Lunatic asylums in Bengal annual reports 1899-1911 - 1899-1911
Year: 1899
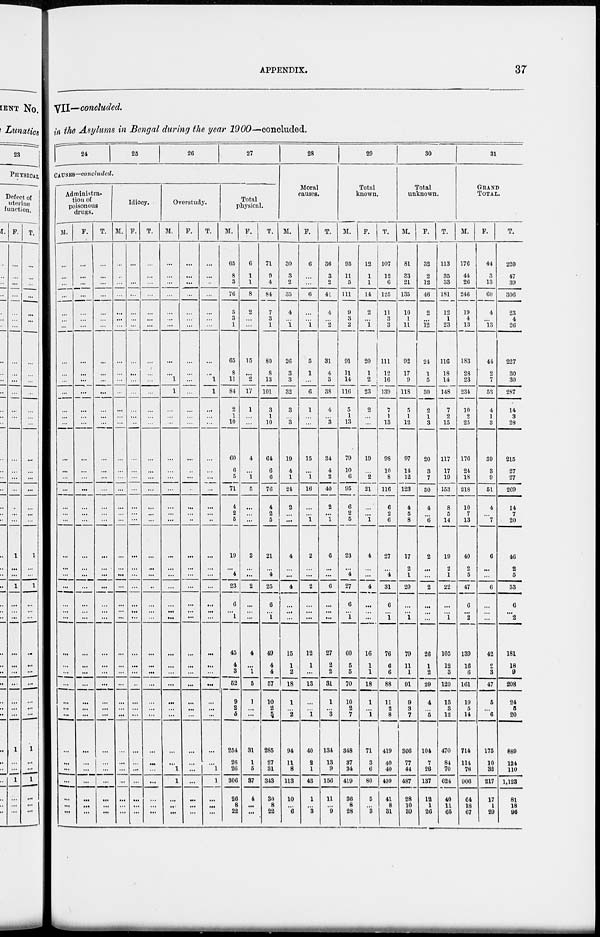
APPENDIX.
37
VII—concluded.
in the Asylums in Bengal during the year 1900—concluded.
24
25
26
27
CAUSES—concluded.
Administra-
tion of
poisonous
drugs.
M.
...
...
...
...
...
...
...
...
...
...
...
...
...
...
...
...
...
...
...
...
...
...
...
...
...
...
...
...
...
...
...
...
...
...
...
...
...
...
...
...
...
...
F.
...
...
...
...
...
...
...
...
...
...
...
...
...
...
...
...
...
...
...
...
...
...
...
...
...
...
...
...
...
...
...
...
...
...
...
...
...
...
...
...
...
...
T.
...
...
...
...
...
...
...
...
...
...
...
...
...
...
...
...
...
...
...
...
...
...
...
...
...
...
...
...
...
...
...
...
...
...
...
...
...
...
...
...
...
...
Idiocy.
M.
...
...
...
...
...
...
...
...
...
...
...
...
...
...
...
...
...
...
...
...
...
...
...
...
...
...
...
...
...
...
...
...
...
...
...
...
...
...
...
...
...
...
F.
...
...
...
...
...
...
...
...
...
...
...
...
...
...
...
...
...
...
...
...
...
...
...
...
...
...
...
...
...
...
...
...
...
...
...
...
...
...
...
...
...
...
T.
...
...
...
...
...
...
...
...
...
...
...
...
...
...
...
...
...
...
...
...
...
...
...
...
...
...
...
...
...
...
...
...
...
...
...
...
...
...
...
...
...
...
Overstudy.
M.
...
...
...
...
...
...
...
...
...
1
1
...
...
...
...
...
...
...
...
...
...
...
...
...
...
...
...
...
...
...
...
...
...
...
...
...
...
1
1
...
...
...
F.
...
...
...
...
...
...
...
...
...
...
...
...
...
...
...
...
...
...
...
...
...
...
...
...
...
...
...
...
...
...
...
...
...
...
...
...
...
...
...
...
...
...
T.
...
...
...
...
...
...
...
...
...
1
1
...
...
...
...
...
...
...
...
...
...
...
...
...
...
...
...
...
...
...
...
...
...
...
...
...
...
1
1
...
...
...
Total
physical.
M.
65
8
3
76
5
3
1
65
8
11
84
2
1
10
60
6
5
71
4
2
5
19
...
4
23
6
...
1
45
4
3
52
9
2
5
254
26
26
306
26
8
22
F.
6
1
1
8
2
...
...
15
...
2
17
1
...
...
4
...
1
5
...
...
...
2
...
...
2
...
...
...
4
...
1
5
1
...
...
31
1
5
37
4
...
...
T.
71
9
4
84
7
3
1
80
8
13
101
3
1
10
64
6
6
76
4
2
5
21
...
4
25
6
...
1
49
4
4
57
10
2
5
285
27
31
343
30
8
22
28
Moral
causes.
M.
30
3
2
35
4
...
1
26
3
3
32
3
...
3
19
4
1
24
2
...
...
4
...
...
4
...
...
...
15
1
2
18
1
...
2
94
11
8
113
10
...
6
F.
6
...
...
6
...
...
1
5
1
...
6
1
...
...
15
...
1
16
...
...
1
2
...
...
2
...
...
...
12
1
...
13
...
...
1
40
2
1
43
1
...
3
T.
36
3
2
41
4
...
2
31
4
3
38
4
...
3
34
4
2
40
2
...
1
6
...
...
6
...
...
...
27
2
2
31
1
...
3
134
13
9
156
11
...
9
29
Total
known.
M.
95
11
5
111
9
3
2
91
11
14
116
5
1
13
79
10
6
95
6
2
5
23
...
4
27
6
...
1
60
5
5
70
10
2
7
348
37
34
419
36
8
28
F.
12
1
1
14
2
...
1
20
1
2
23
2
...
...
19
...
2
21
...
...
1
4
...
...
4
...
...
...
16
1
1
18
1
...
1
71
3
6
80
5
...
3
T.
107
12
6
125
11
3
3
111
12
16
139
7
1
13
98
10
8
116
6
2
6
27
...
4
31
6
...
1
76
6
6
88
11
2
8
419
40
40
499
41
8
31
30
Total
unknown.
M.
81
33
21
135
10
1
11
92
17
9
118
5
1
12
97
14
12
123
4
5
8
17
2
1
20
...
...
1
79
11
1
91
9
3
7
366
77
44
487
28
10
39
F.
32
2
12
46
2
...
12
24
1
5
30
2
1
3
20
3
7
30
4
...
6
2
...
...
2
...
...
...
26
1
2
29
4
...
5
104
7
26
137
12
1
26
T.
113
35
33
181
12
1
23
116
18
14
148
7
2
15
117
17
19
153
8
5
14
19
2
1
22
...
...
1
105
12
3
120
13
3
12
470
84
70
624
40
11
65
31
GRAND
TOTAL.
M.
176
44
26
246
19
4
13
183
28
23
234
10
2
25
176
24
18
218
10
7
13
40
2
5
47
6
...
2
139
16
6
161
19
6
14
714
114
78
906
64
18
67
F.
44
3
13
60
4
...
13
44
2
7
53
4
1
3
39
3
9
51
4
...
7
6
...
...
6
...
...
...
42
2
3
47
5
...
6
175
10
32
217
17
1
29
T.
220
47
39
306
23
4
26
227
30
30
287
14
3
28
215
27
27
209
14
7
20
46
2
5
53
6
...
2
181
18
9
208
24
5
20
889
124
110
1,123
81
18
96